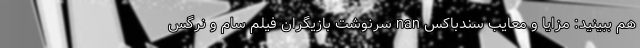
هم ببینید: مزایا و معایب سندباکس nan سرنوشت بازیگران فیلم سام و نرگس